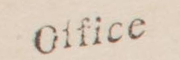
Office